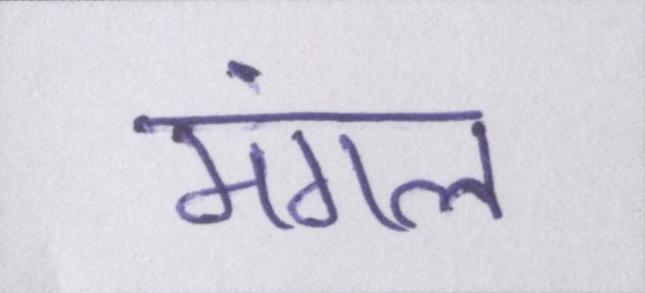
मंगल